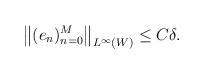
LaTeX: \begin{align*} \big\|(e_n )_{n=0}^M\big\|_{ L^\infty(W)}\le C\delta .\end{align*}